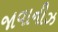
જાવાનીઝ